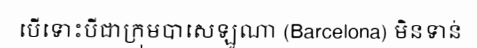
បើទោះបីជាក្រុមបាសេឡូណា (Barcelona) មិនទាន់